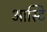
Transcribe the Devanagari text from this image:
आस्टि